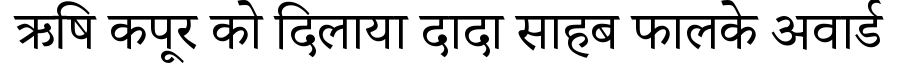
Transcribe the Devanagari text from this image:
ऋषि कपूर को दिलाया दादा साहब फालके अवार्ड